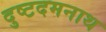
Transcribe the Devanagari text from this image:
दुष्टदमनाथ